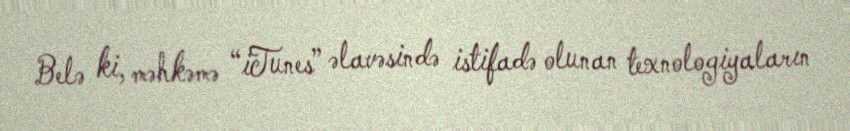
Belə ki, məhkəmə “iTunes” əlavəsində istifadə olunan texnologiyaların